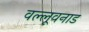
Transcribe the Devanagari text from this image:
वल्लूवनाड